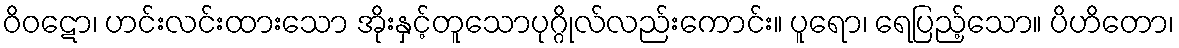
ဝိဝဋော၊ ဟင်းလင်းထားသော အိုးနှင့်တူသောပုဂ္ဂိုလ်လည်းကောင်း။ ပူရော၊ ရေပြည့်သော။ ပိဟိတော၊